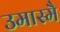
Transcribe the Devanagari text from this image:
उमास्मै